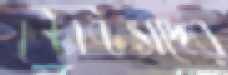
কন্টাক্টসদের